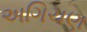
અગિચણ